Civil Veterinary Dept. Bombay admin report 1900-1906 - 1900-1906
Year: 1900
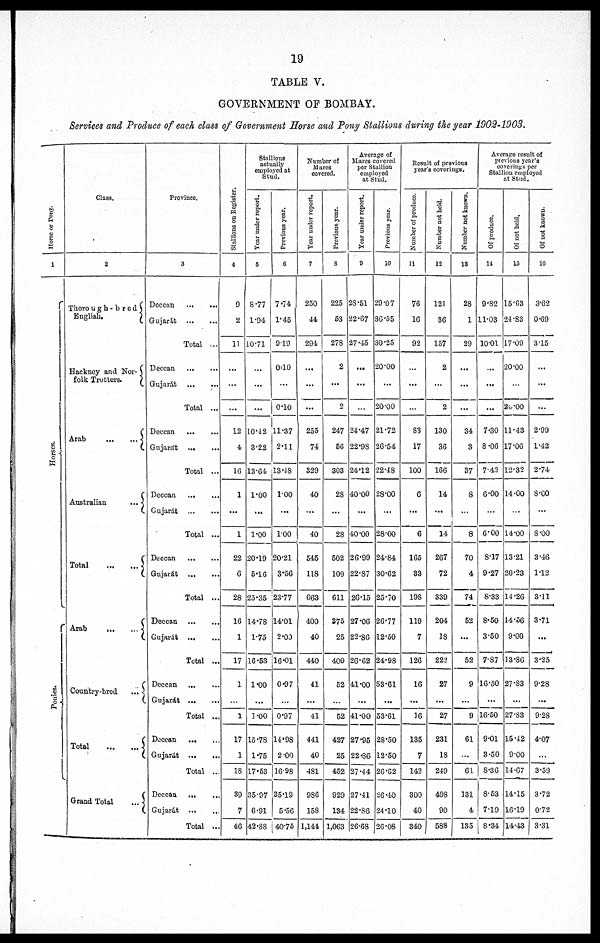
19
TABLE V.
GOVERNMENT OP BOMBAY.
Services and Produce of each class of Government Horse and Pony Stallions during the year
1902-1903.
Hor s e or Pony.
1
Hor s es .
Poni es.
Class.
2
Thorough-bred
English.
Hackney and Nor-
folk Trotters.
Arab … …
Australian
...
Total … …
Arab … …
Country-bred
...
Total … …
Grand Total
...
Province.
3
Deccan
...
...
Gujarát … …
Total ...
Deccan … …
Gujarát … …
Total ...
Deccan … …
Gujarát … …
Total ...
Deccan … …
Gujarát … …
Total ...
Deccan … …
Gujarát … …
Total ...
Deccan … …
Gujarát … …
Total ...
Deccan
... …
Gujarát … …
Total ...
Deccan … …
Gujarát
... …
Total ...
Deccan … …
Gujarát
... …
Total …
Stallions on Register.
4
9
2
11
...
...
...
12
4
16
1
...
1
22
6
28
16
1
17
1
…
1
17
1
18
39
7
46
Stallions
actually
employed at
Stud.
Year under report.
5
8.77
1.04
10∙71
…
…
...
10.42
3.22
13.64
1.00
...
1∙00
20∙19
5∙16
25∙35
14∙78
1∙75
16∙53
1.00
...
1∙00
15.78
1.75
17.53
35∙97
6∙91
42∙88
Previous year.
6
774
145
9 19
0.10
…
0.10
11.37
2.11
13.48
1.00
...
1.00
20.21
3∙56
23.77
14.01
2.00
16.01
0.97
…
0.97
14∙98
2.00
16.98
35.19
5.56
40.75
Number of
Marcs
covered.
Year under report.
7
250
44
291
...
...
...
255
74
329
40
...
40
545
118
663
400
40
440
41
...
41
441
40
481
986
158
1,144
Previous year.
8
225
63
278
2
...
2
247
56
303
28
...
28
502
109
611
375
25
400
52
…
52
427
25
452
929
134
1,063
Average of
Marcs covered
per Stallion
employed
at Stud.
Year under report.
9
28.51
22.67
27.45
...
...
…
24.47
22.98
24.12
40.00
...
40∙00
26.99
22.87
26.15
27.06
22.86
26.62
41.00
...
41.00
27.95
22.86
27.44
27.41
22.86
26.68
Previous year.
10
29.07
36.55
30.25
20.00
...
20.00
21.72
26.54
22.48
28.00
...
28.00
24.84
30.62
25.70
26.77
12.50
24.98
53.61
...
53.61
28.50
12.50
26.62
26.40
24.10
26.08
Result of previous
year's coverings.
Number of produce.
11
76
16
92
…
...
…
8
17
100
6
...
6
165
33
19S
119
7
126
16
...
16
135
7
142
300
40
340
Number not held.
12
121
36
157
2
...
2
130
36
166
14
...
14
267
72
339
204
18
222
27
...
27
231
18
249
498
90
588
Number not known.
13
28
1
29
...
...
…
34
3
37
8
...
8
70
4
74
52
...
52
9
...
9
61
…
61
131
4
135
Average result of
previous year's
coverings per
Stallion employed
at Stud.
Of produce.
14
9.82
11.03
10.01
...
...
...
7.30
8.06
7.42
6.00
…
6.00
8.17
9.27
8.33
8.50
3.50
7.87
16.50
...
16.50
9.01
3.50
8.36
8.53
7.19
8.34
Of not held.
15
15.63
24.83
17.09
20.00
…
20.00
11.43
17.06
12.32
14.00
...
14.00
13.21
20.23
14.26
14.56
9.00
13.86
27.83
...
27.83
15.42
9.00
14.07
14.15
16.19
14.43
Of not kuown.
16
3.62
0.69
3.15
...
...
...
2.99
1.42
2.74
8∙60
...
8∙00
3.46
1.12
3.11
3.71
...
3.25
928
...
9.28
4.07
...
3.59
3.72
0.72
3.31